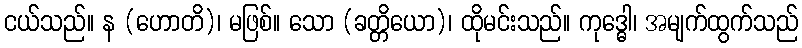
ငယ်သည်။ န (ဟောတိ)၊ မဖြစ်။ သော (ခတ္တိယော)၊ ထိုမင်းသည်။ ကုဒ္ဓေါ၊ အမျက်ထွက်သည်